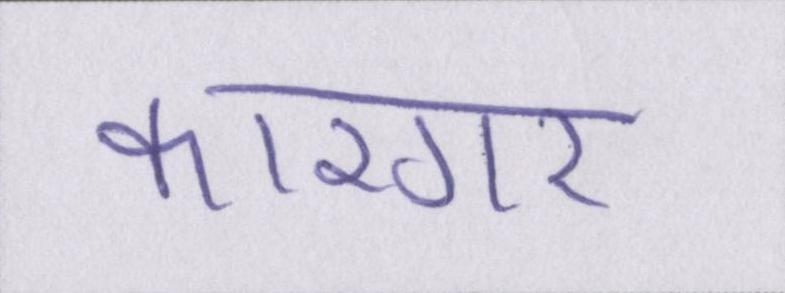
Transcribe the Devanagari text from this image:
कारगर